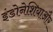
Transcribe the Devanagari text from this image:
इंडोनेशियाऔर